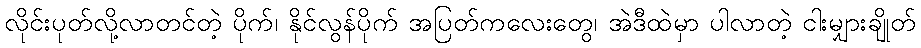
လိုင်းပုတ်လို့လာတင်တဲ့ ပိုက်၊ နိုင်လွန်ပိုက် အပြတ်ကလေးတွေ၊ အဲဒီထဲမှာ ပါလာတဲ့ ငါးမျှားချိုတ်